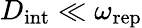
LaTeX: D_{\mathrm{int}}\ll\omega_{\mathrm{rep}}